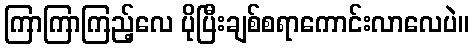
ကြာကြာကြည့်လေ ပိုပြီးချစ်စရာကောင်းလာလေပဲ။